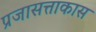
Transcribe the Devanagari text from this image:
प्रजासत्ताकास